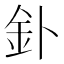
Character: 釙